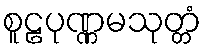
စူဠပုဏ္ဏမသုတ္တံ